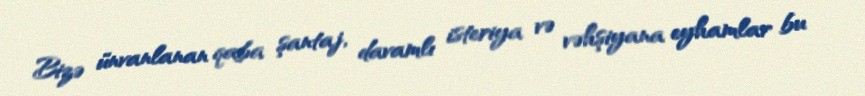
Bizə ünvanlanan qaba şantaj, davamlı isteriya və vəhşiyana eyhamlar bu